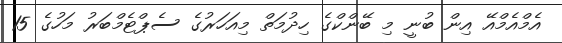
އެމްއެމްއޭ އިން ބުނީ މި ބޭންކްގެ ހިދުމަތް މިއަހަރުގެ ސެޕްޓެމްބަރު މަހުގެ 15